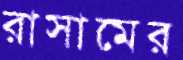
রাসামের